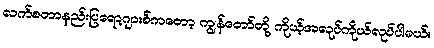
လက်စတာနည်းပြရော့ဂျားစ်ကတော့ ကျွန်တော်တို့ ကိုယ့်အလုပ်ကိုယ်လုပ်ပါမယ်။